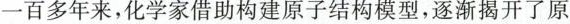
一百多年来，化学家借助构建原子结构模型，逐渐揭开了原